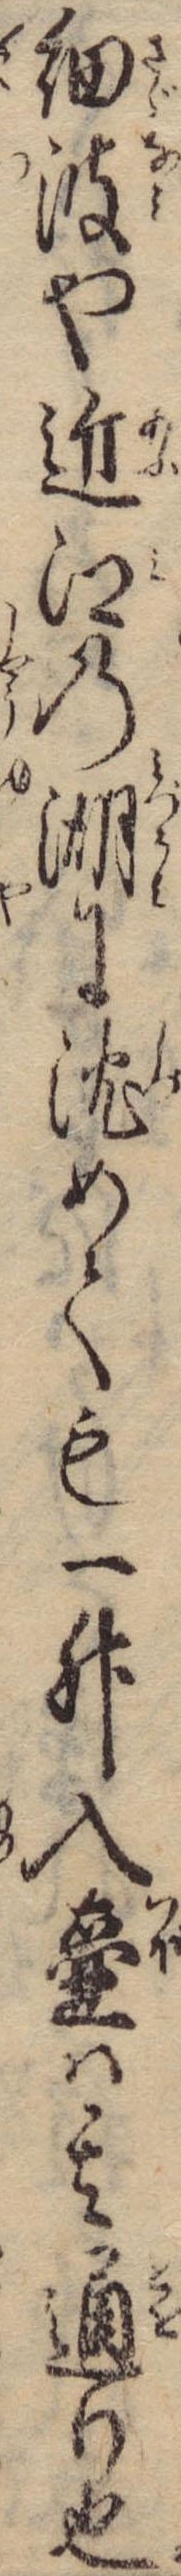
細波や近江の湖に沈めても一升入壷は其通り也